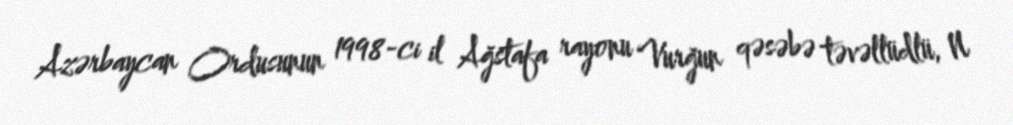
Azərbaycan Ordusunun 1998-ci il Ağstafa rayonu Vurğun qəsəbə təvəllüdlü, N